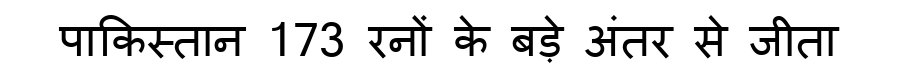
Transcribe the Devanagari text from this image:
पाकिस्तान 173 रनों के बड़े अंतर से जीता